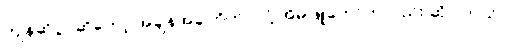
ကျိန်ဆိုပွဲပဲဆိုတော့ အချိန်အခါကိုက်ပဲလို့ အိမ်ဖြူတော်ကလည်း ဆိုပါတယ်။